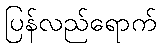
ပြန်လည်ရောက်